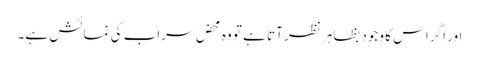
اور اگر اس کا وجود بظاہر نظر آتا ہے تو وہ محض سراب کی نمائش ہے۔